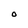
Character: O